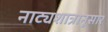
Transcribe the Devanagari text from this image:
नाट्यशात्रानुसार